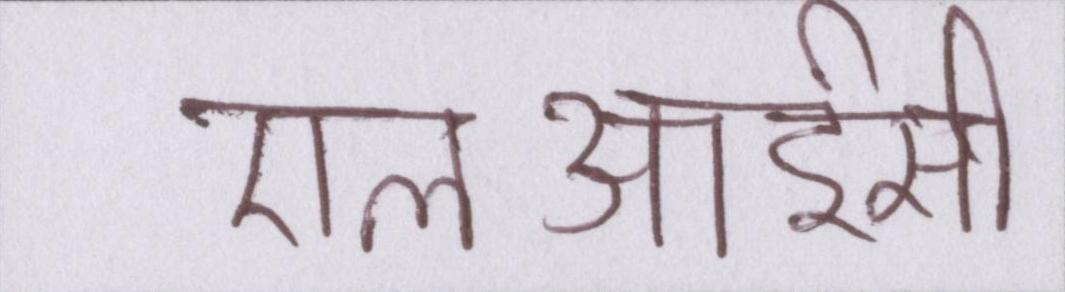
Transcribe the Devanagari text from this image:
एलआईसी